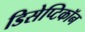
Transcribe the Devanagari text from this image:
डिसेप्टिकॉन